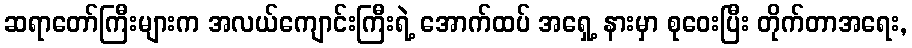
ဆရာတော်ကြီးများက အလယ်ကျောင်းကြီးရဲ့ အောက်ထပ် အရှေ့ နားမှာ စုဝေးပြီး တိုက်တာအရေး,